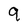
Character: 9